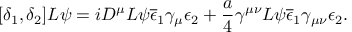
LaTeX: [ \delta _ { 1 } , \delta _ { 2 } ] L \psi = i D ^ { \mu } L \psi \overline { { { \epsilon } } } _ { 1 } \gamma _ { \mu } \epsilon _ { 2 } + \frac { a } { 4 } \gamma ^ { \mu \nu } L \psi \overline { { { \epsilon } } } _ { 1 } \gamma _ { \mu \nu } \epsilon _ { 2 } .